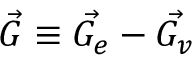
\vec { G } \equiv \vec { G _ { e } } - \vec { G _ { v } }